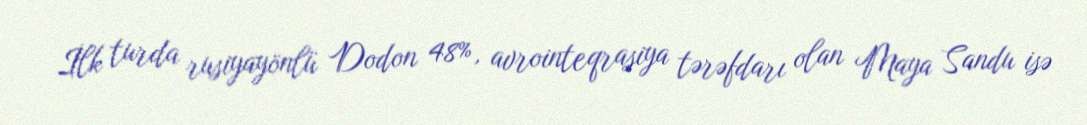
İlk turda rusiyayönlü Dodon 48%, avrointeqrasiya tərəfdarı olan Maya Sandu isə